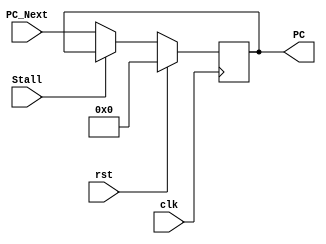
module PCModule(input clk,     output reg[31:0] PC,
                input rst,
                input[31:0] PC_Next,
                input Stall);

    always @ (posedge clk) begin
        if(rst == 1'b1) begin
            PC <= {32{1'b0}};
        end
        else if (Stall == 1'b0) begin
            PC <= PC_Next;
        end
    end

endmodule


module PCAdder(input[31:0] a, output[31:0]c,
               input[31:0] b);

    assign c = a + b;
    
endmodule